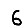
Digit: 6